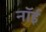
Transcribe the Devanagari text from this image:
नॉई